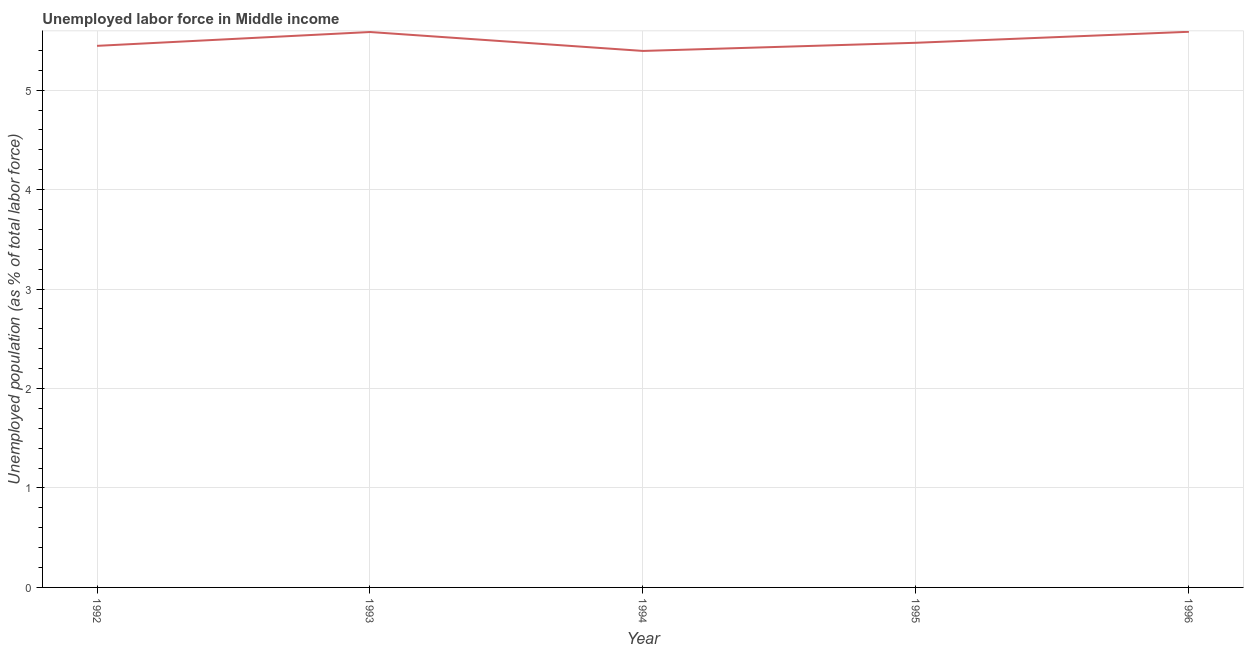
| Year | Unemployment |
 | --- | --- |
 | 1992 | 5.45 |
 | 1993 | 5.58 |
 | 1994 | 5.39 |
 | 1995 | 5.48 |
 | 1996 | 5.59 |